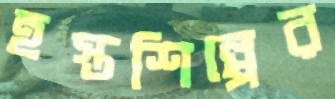
হস্তশিল্পের